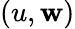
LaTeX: (u,\mathbf{w})